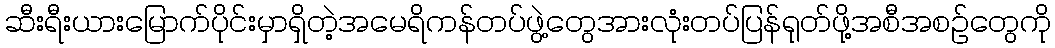
ဆီးရီးယားမြောက်ပိုင်းမှာရှိတဲ့အမေရိကန်တပ်ဖွဲ့တွေအားလုံးတပ်ပြန်ရုတ်ဖို့အစီအစဉ်တွေကို